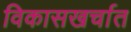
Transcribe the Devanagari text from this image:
विकासखर्चात